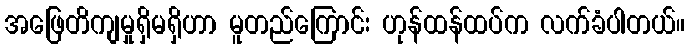
အဖြေတိကျမှုရှိမရှိဟာ မူတည်ကြောင်း ဟုန်ထန်ထပ်က လက်ခံပါတယ်။